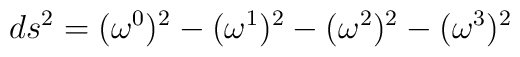
ds^{2}=({\omega}^{0})^{2}-({\omega}^{1})^{2}-({\omega}^{2})^{2}-({\omega}^{3})^{2}